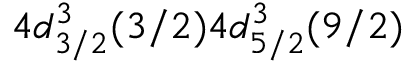
4 d _ { 3 / 2 } ^ { 3 } ( 3 / 2 ) 4 d _ { 5 / 2 } ^ { 3 } ( 9 / 2 )